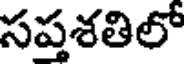
సప్తశతిలో